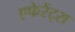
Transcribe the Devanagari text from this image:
एफेरेंट्स